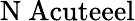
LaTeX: \mathrm{{N\ Acute{e}el}}